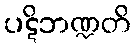
ပဋိဘဏ္ဍတိ